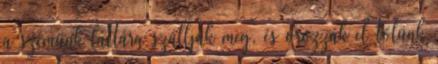
a szemünk láttára szállják meg, és orozzák el tőlünk